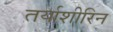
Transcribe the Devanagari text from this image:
तर्याशीरिन